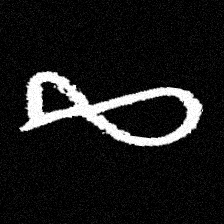
Pyu character \u2014 Myanmar letter: ဆ (romanized: cha)